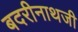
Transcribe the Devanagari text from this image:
बदरीनाथजी